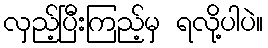
လှည့်ပြီးကြည့်မှ ရလို့ပါပဲ။